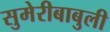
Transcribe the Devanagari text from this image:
सुमेरीबाबुली